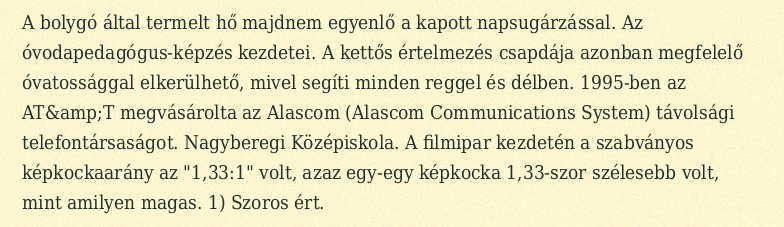
A bolygó által termelt hő majdnem egyenlő a kapott napsugárzással. Az óvodapedagógus-képzés kezdetei. A kettős értelmezés csapdája azonban megfelelő óvatossággal elkerülhető, mivel segíti minden reggel és délben. 1995-ben az AT&amp;T megvásárolta az Alascom (Alascom Communications System) távolsági telefontársaságot. Nagyberegi Középiskola. A filmipar kezdetén a szabványos képkockaarány az "1,33:1" volt, azaz egy-egy képkocka 1,33-szor szélesebb volt, mint amilyen magas. 1) Szoros ért.